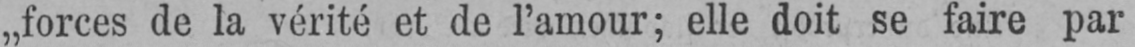
„forces de la vérité et de l’amour; elle doit se faire par